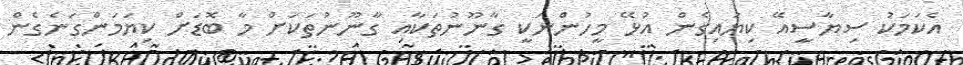
އެކަމަކު ސިޔާސީއޭ ކިޔައިގެން އުޅޭ މީހުންނަކީ ގާނޫނުތަކާއި ގާނޫނުތަކަށް މާ ބޮޑަށް ކިޔަމަންގަނެގެން